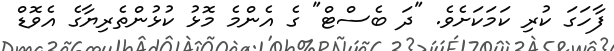
ފާހަގަ ކުރި ކަމަކަށެވެ. "ދަ ބެސްޓް" ގެ އެންމެ މޮޅު ކުޅުންތެރިޔާގެ އެވޮޑް